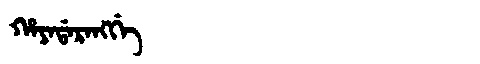
Manchu: ᡥᠠᠶᠠᡩᠠᡵᠠᠩᡤᡝ
Romanization: HAYADARANGGE